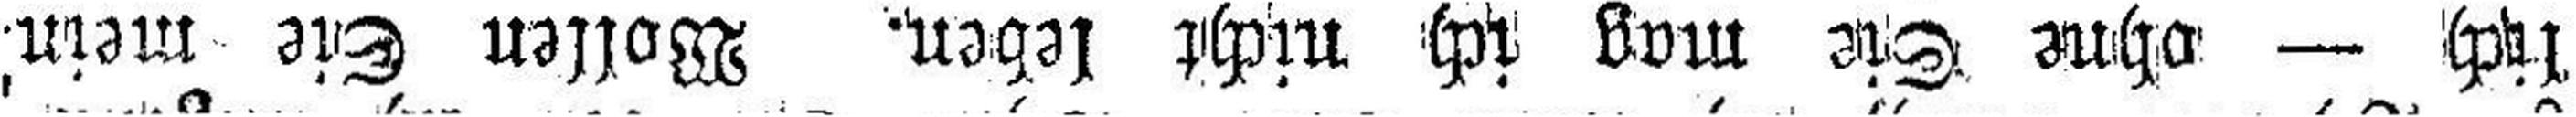
lich — ohne Sie mag ich nicht leben. Wollen sie mein